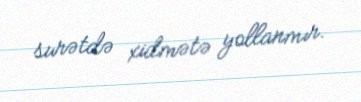
surətdə xidmətə yollanmır.